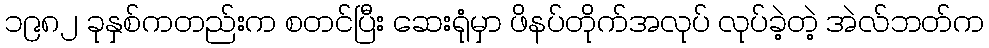
၁၉၈၂ ခုနှစ်ကတည်းက စတင်ပြီး ဆေးရုံမှာ ဖိနပ်တိုက်အလုပ် လုပ်ခဲ့တဲ့ အဲလ်ဘတ်က